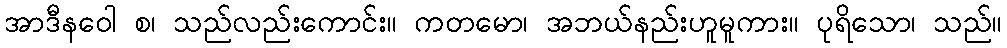
အာဒီနဝေါ စ၊ သည်လည်းကောင်း။ ကတမော၊ အဘယ်နည်းဟူမူကား။ ပုရိသော၊ သည်။